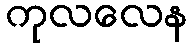
ကုလလေန